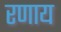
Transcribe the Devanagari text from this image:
रणाय